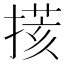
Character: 𢲧